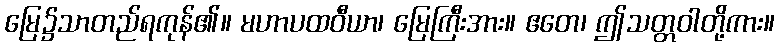
မြေ၌သာတည်ရကုန်၏။ မဟာပထဝီယာ၊ မြေကြီးအား။ ဧတေ၊ ဤသတ္တဝါတို့ကား။